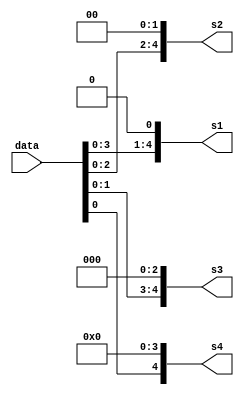
`timescale 1ns / 1ps
//////////////////////////////////////////////////////////////////////////////////
// Company: 
// Engineer: 
// 
// Design Name: 
// Module Name: Binary_Shifters
// Project Name: 
// Target Devices: 
// Tool Versions: 
// Description: 
// 
// Dependencies: 
// 
// Revision:
// Revision 0.01 - File Created
// Additional Comments:
// 
//////////////////////////////////////////////////////////////////////////////////


module Binary_Shifters(s1, s2, s3, s4, data);
input [4:0] data;
output [4:0] s1, s2, s3, s4;

//Left shifting 
assign s1 = data << 1;
assign s2 = data << 2;
assign s3 = data << 3;
assign s4 = data << 4;
endmodule